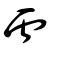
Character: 虍